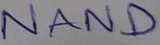
Text: NAND